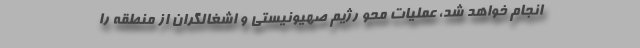
انجام خواهد شد، عملیات محو رژیم صهیونیستی و اشغالگران از منطقه را